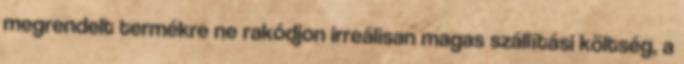
megrendelt termékre ne rakódjon irreálisan magas szállítási költség, a